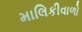
માલિકીવાળો